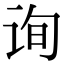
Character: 询